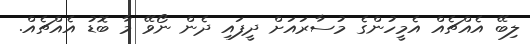
ލިބޭ އެއްޗެއް އެމީހުންގެ މުސާރައަށް ދީފައި ދެން ނޯވޭ މާ ބޮޑު އެއްޗެއް.